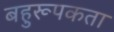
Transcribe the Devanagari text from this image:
बहुरूपकता